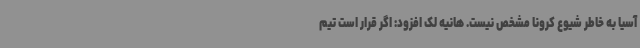
آسیا به خاطر شیوع کرونا مشخص نیست. هانیه لک افزود: اگر قرار است تیم